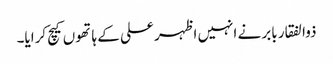
ذوالفقار بابر نے انہیں اظہر علی کے ہاتھوں کیچ کرایا۔